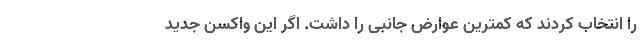
را انتخاب کردند که کمترین عوارض جانبی را داشت. اگر این واکسن جدید